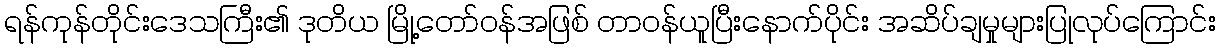
ရန်ကုန်တိုင်းဒေသကြီး၏ ဒုတိယ မြို့တော်ဝန်အဖြစ် တာဝန်ယူပြီးနောက်ပိုင်း အဆိပ်ချမှုများပြုလုပ်ကြောင်း